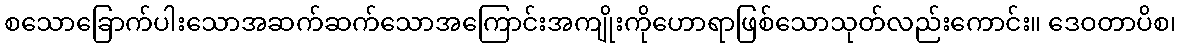
စသောခြောက်ပါးသောအဆက်ဆက်သောအကြောင်းအကျိုးကိုဟောရာဖြစ်သောသုတ်လည်းကောင်း။ ဒေဝတာပိစ၊